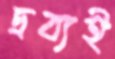
দ্রব্যই